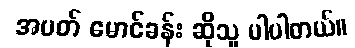
အမတ် မောင်ခန်း ဆိုသူ ပါပါတယ်။